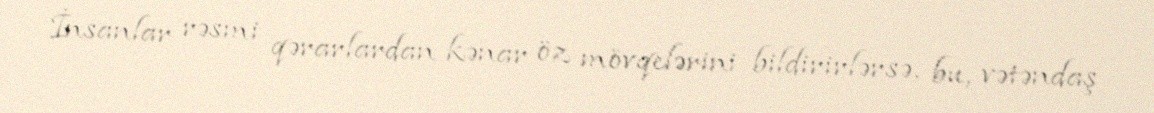
İnsanlar rəsmi qərarlardan kənar öz mövqelərini bildirirlərsə, bu, vətəndaş